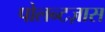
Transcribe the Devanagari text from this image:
पोलन्टज़ास